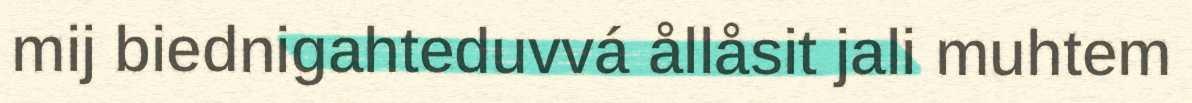
mij biednigahteduvvá ållåsit jali muhtem